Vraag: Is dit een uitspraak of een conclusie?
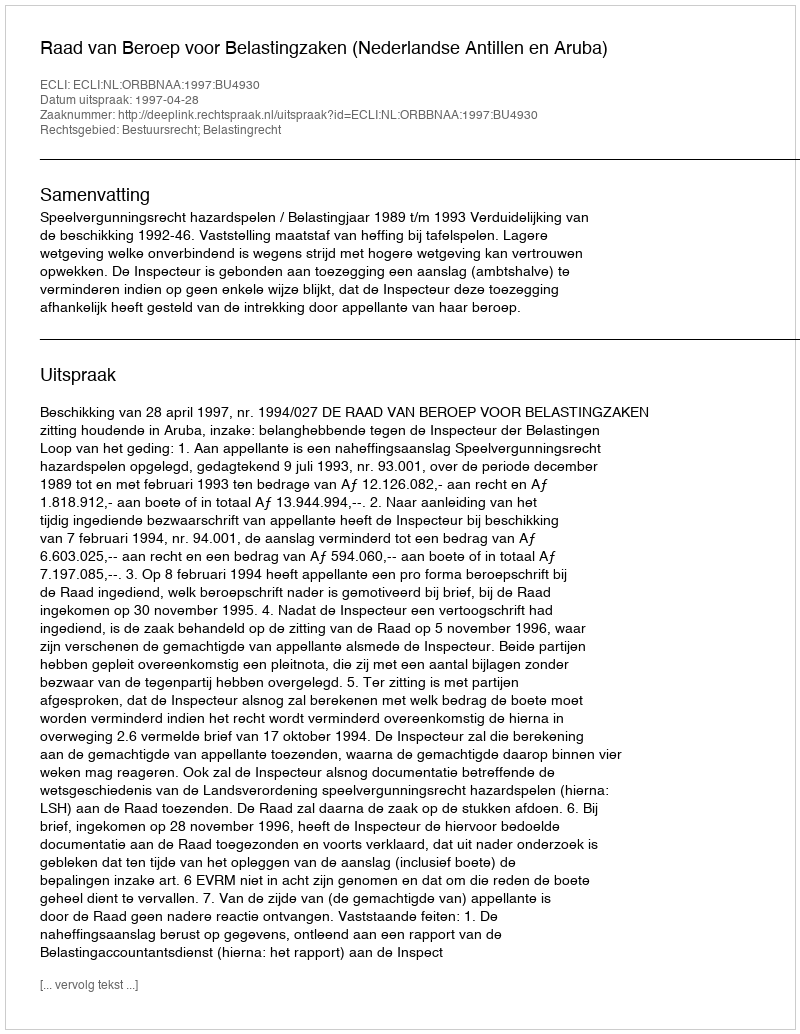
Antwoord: Uitspraak